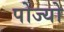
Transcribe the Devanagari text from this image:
पोज्यो